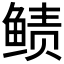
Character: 𱇵